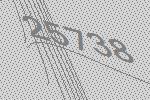
25738